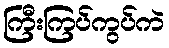
ကြီးကြပ်ကွပ်ကဲ